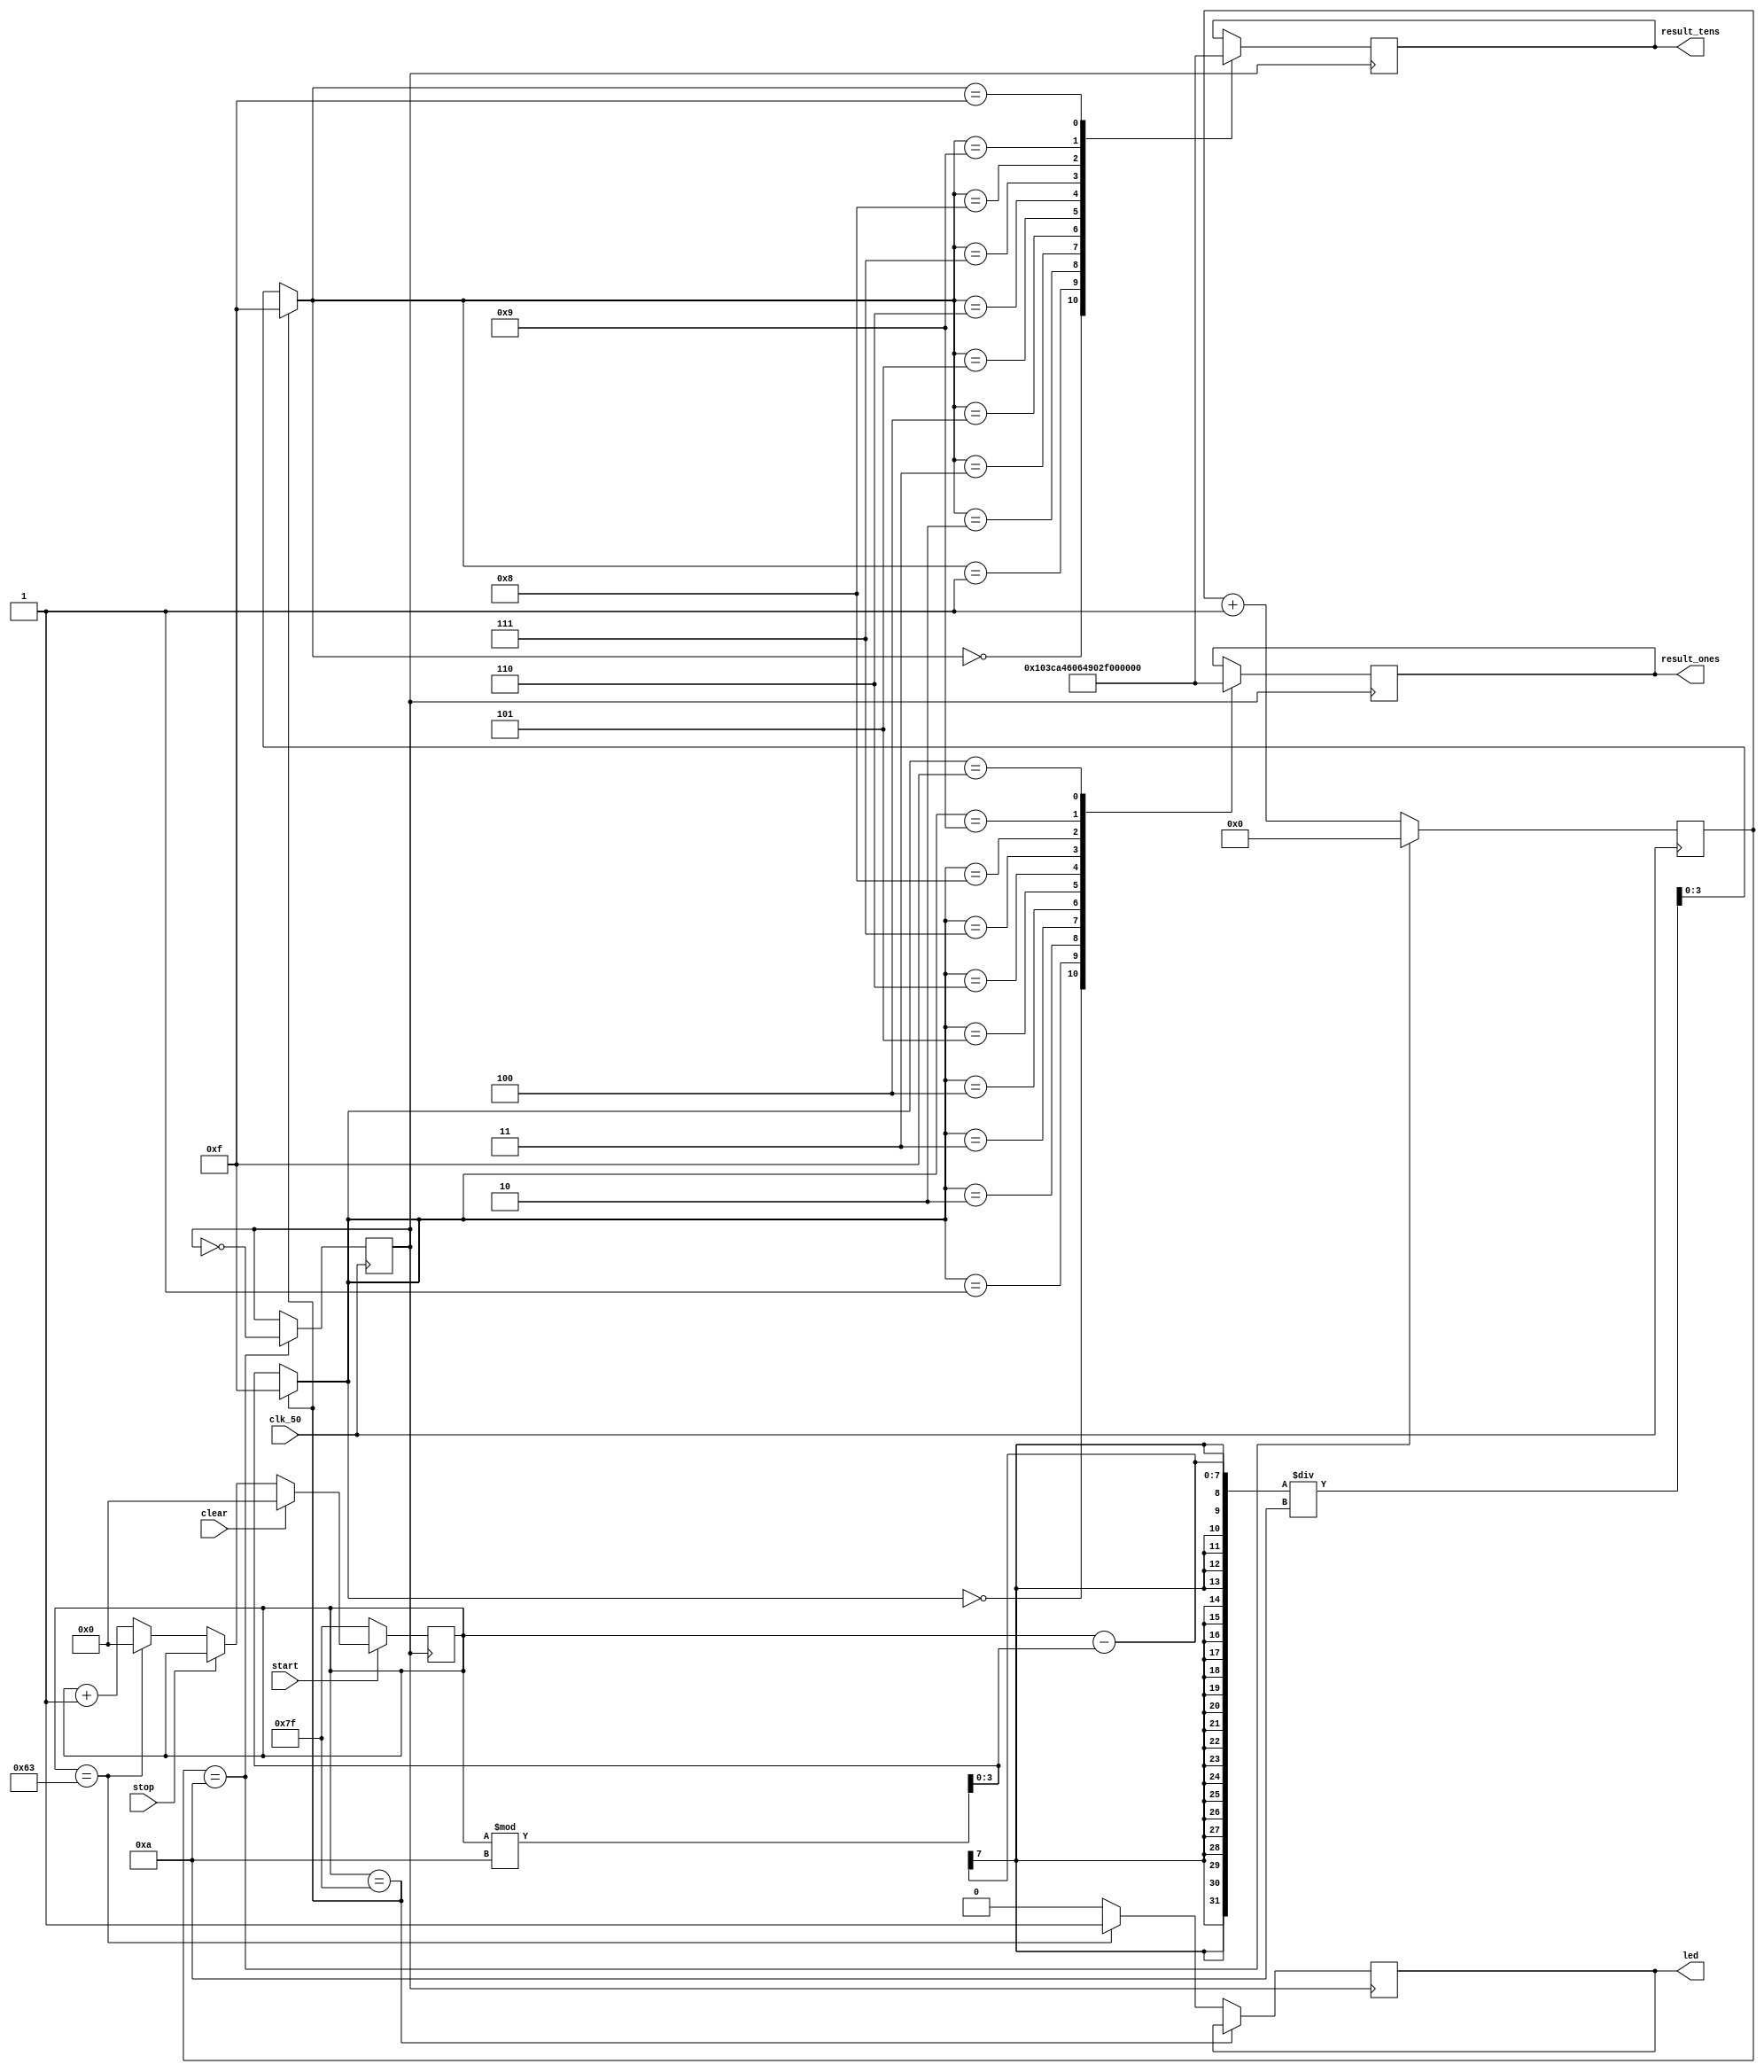
module lab05_1(clk_50,result_ones,result_tens,led,start,stop,clear);
	input clk_50,start,stop,clear;
	reg [24:0]count_clk;
	reg clk_1s;
	reg [3:0]result_h;
	reg [3:0]result_l;
	reg [6:0]result;
	output reg [6:0]result_ones;
	output reg [6:0]result_tens;
	output reg led;
		always @(posedge clk_50)
		begin
			if(count_clk==10)
				begin
				count_clk =0;
				clk_1s = ~clk_1s;
				end
			else
				count_clk = count_clk+1;
		end
		always@(posedge clk_1s)
		begin
			if(start)
			begin
				if(clear) 
				begin
				result = 0;
				end
				else
				begin
					if(!stop)
					begin
						if(result == 99)
						begin
						result = 0;
						end
						else 
						begin
						result = result+1;
						end
					end
					else result = result;
				end
			end
			else result = 7'b1111111;//	
		end
		always@(posedge clk_1s)
		begin
		if(result == 7'b1111111)
			begin
			result_h = 15;result_l = 15;
			end
		else
		begin
			if(result == 99) led = 1;
			else led = 0;
			result_l = result % 10;
			result_h = (result - result_l)/10;
		end
	
	case(result_h)
		0: result_tens = 7'b1000000;
		1: result_tens = 7'b1111001;
		2: result_tens = 7'b0100100;
		3: result_tens = 7'b0110000;
		4: result_tens = 7'b0011001;
		5: result_tens = 7'b0010010;
		6: result_tens = 7'b0000010;
		7: result_tens = 7'b1111000;
		8: result_tens = 7'b0000000;
		9: result_tens = 7'b0010000;
		15: result_tens = 7'b1111111;
		endcase
	case(result_l)
		0: result_ones = 7'b1000000;
		1: result_ones = 7'b1111001;
		2: result_ones = 7'b0100100;
		3: result_ones = 7'b0110000;
		4: result_ones = 7'b0011001;
		5: result_ones = 7'b0010010;
		6: result_ones = 7'b0000010;
		7: result_ones = 7'b1111000;
		8: result_ones = 7'b0000000;
		9: result_ones = 7'b0010000;
		15: result_ones = 7'b1111111;
		endcase
		end
endmodule